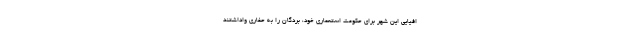
افیایی این شهر برای حکومت استعماری خود، بردگان را به حفاری واداشتند